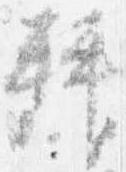
拝